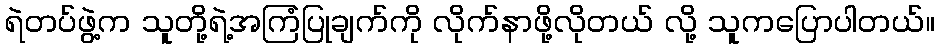
ရဲတပ်ဖွဲ့က သူတို့ရဲ့အကြံပြုချက်ကို လိုက်နာဖို့လိုတယ် လို့ သူကပြောပါတယ်။